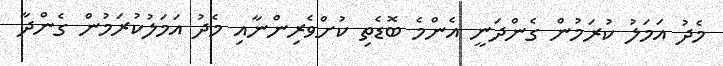
މެދު އަމަލު ކުރަމުން ގެންދަނީ އެންމެ ބޮޑެތި ކުށްވެރިންނާއި މެދު އަމަލުކުރަމުން ގެންދާ